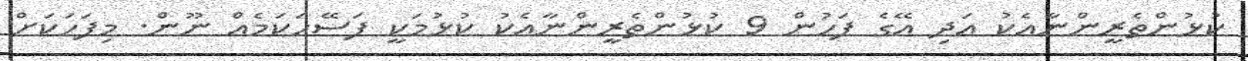
ކުޅުންތެރީންނާއެކު އަދި އޭގެ ފަހުން 9 ކުޅުންތެރީންނާއެކު ކުޅުމަކީ ފަސޭހަކަމެއް ނޫން. މިފަހަކަށް